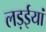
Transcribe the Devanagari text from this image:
लड़ईयां